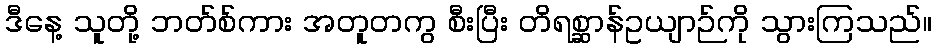
ဒီနေ့ သူတို့ ဘတ်စ်ကား အတူတကွ စီးပြီး တိရစ္ဆာန်ဥယျာဉ်ကို သွားကြသည်။